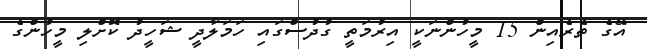
އޭގެ ތެރެއިން 15 މީހުންނަކީ އިރުމަތީ ގުދުސްގައި ހަމަލާދީ ޝަހީދު ކޮށްލި މީހުންގެ